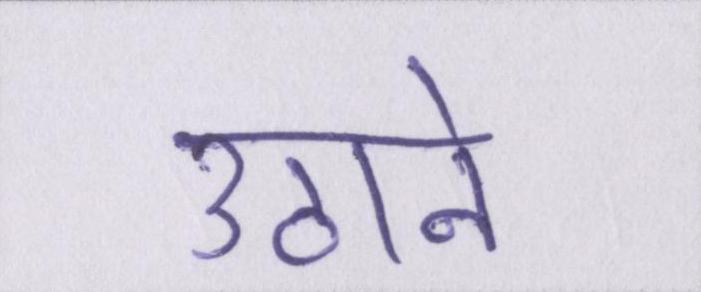
उठाने